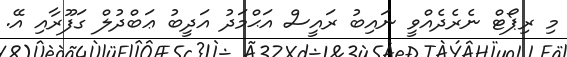
މި ރިޕޯޓް ނެރެދެއްވީ ނައިބު ރައީސް އަޙްމަދު އަދީބު ޢަބްދުލް ގަފޫރާއި އޭ.